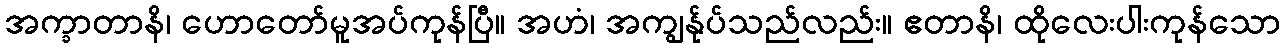
အက္ခာတာနိ၊ ဟောတော်မူအပ်ကုန်ပြီ။ အဟံ၊ အကျွန်ုပ်သည်လည်း။ ဧတာနိ၊ ထိုလေးပါးကုန်သော